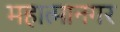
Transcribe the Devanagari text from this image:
महात्मानगर